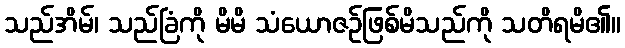
သည်အိမ်၊ သည်ခြံကို မိမိ သံယောဇဉ်ဖြစ်မိသည်ကို သတိရမိ၏။